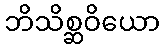
ဘိသိစ္ဆဝိယော